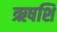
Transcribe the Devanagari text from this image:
ऋषशि